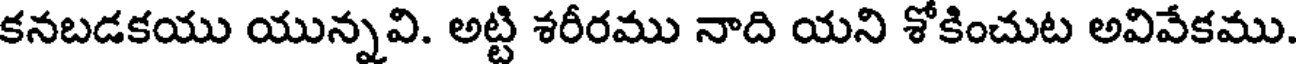
కనబడకయు యున్నవి. అట్టి శరీరము నాది యని శోకించుట అవివేకము.